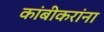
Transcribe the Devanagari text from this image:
कांबीकरांना